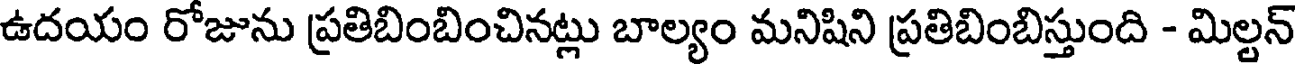
ఉదయం రోజును ప్రతిబింబించినట్లు బాల్యం మనిషిని ప్రతిబింబిస్తుంది - మిల్టన్